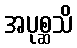
အပုစ္ဆသိ